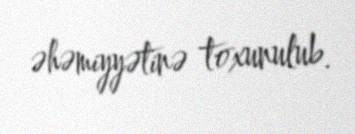
əhəmiyyətinə toxunulub.